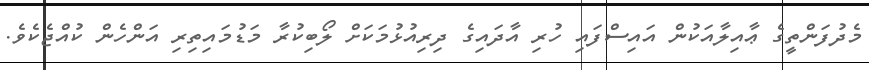
މެދުފަންތީގެ ޢާއިލާއަކުން އައިސްފައި ހުރި އާދައިގެ ދިރިއުޅުމަކަށް ލޯބިކުރާ މަޑުމައިތިރި އަންހެން ކުއްޖެކެވެ.